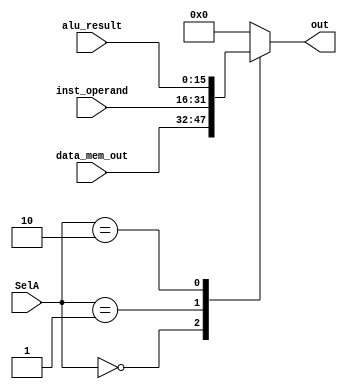
`timescale 1ns / 1ps
//////////////////////////////////////////////////////////////////////////////////
//	Alumnos:
//				 Ortmann, Nestor Javier
// 				 Trejo, Bruno Guillermo
// Year: 		 2018
// Module Name: MULTIPLEXOR DEL ACC
//////////////////////////////////////////////////////////////////////////////////
`define len_mux_a 2
module MUX_A
    #(
        parameter len_data = 16,
        parameter len_mux_a = `len_mux_a
    )
    (
        input [len_mux_a - 1 : 0] SelA,         // viene de Control (instruction decoder)
        input [len_data - 1 : 0] inst_operand,  // viene de signal extension
        input [len_data - 1 : 0] alu_result,    // salida de la ALU
        input [len_data - 1 : 0] data_mem_out,  // salida de DATA_MEM

        output reg [len_data - 1 : 0] out           // salida para ACC
    );

    always @(*)
    begin
        case (SelA)
          `len_mux_a'b00:
            begin
                out <= data_mem_out;    
            end
          `len_mux_a'b01:
            begin
                out <= inst_operand;    
            end
          `len_mux_a'b10:
            begin
                out <= alu_result;    
            end
          default:
            begin
              out <= 0;
            end 
        endcase
    end

endmodule